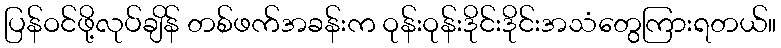
ပြန်ဝင်ဖို့လုပ်ချိန် တစ်ဖက်အခန်းက ဝုန်းဝုန်းဒိုင်းဒိုင်းအသံတွေကြားရတယ်။